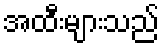
အထီးများသည်